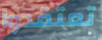
تعتقدوا